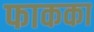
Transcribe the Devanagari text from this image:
फाकका